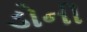
ડોની